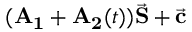
( \mathbf { A _ { 1 } } + \mathbf { A _ { 2 } } ( t ) ) \vec { \mathbf { S } } + \vec { \mathbf { c } }